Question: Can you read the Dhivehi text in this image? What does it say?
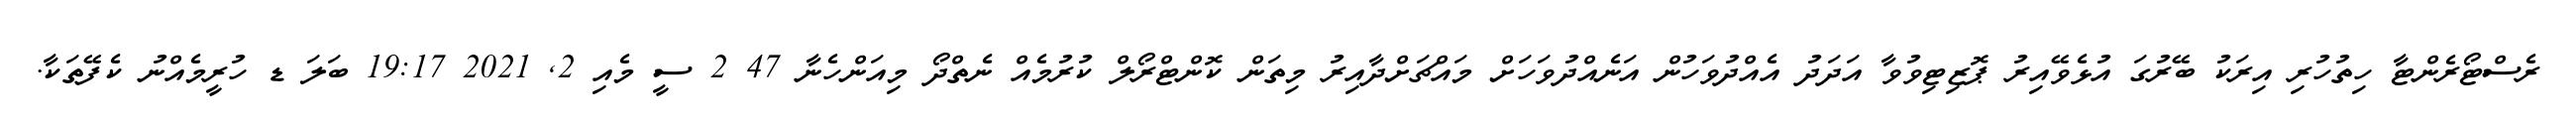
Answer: ރެސްޓޯރެންޓާ ހިތުހުރި އިރަކު ބޭރުގަ އުޅެވޭއިރު ޕޮޒިޓިވުވާ އަދަދު އެއްދުވަހުން އަނެއްދުވަހަށް މައްޗަށްދާއިރު މިތަން ކޮންޓްރޯލް ކުރުމެއް ނެތްދޯ މިއަންހެނާ 47 2 ސީ މެއި 2, 2021 19:17 ބަލަ ޑ ހުރީމެއްނު ކެފޭތަކާ.